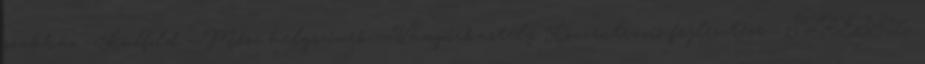
szakház --Külföld --Mese helyszínek --Vámpírkastély Koncentráció fejlesztése - STRESSZ,